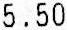
5.50